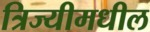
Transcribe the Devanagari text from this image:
त्रिज्यीमधील